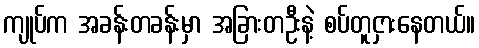
ကျုပ်က အခန်းတခန်းမှာ အခြားတဦးနဲ့ စပ်တူငှားနေတယ်။